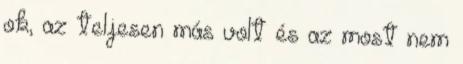
ok, az teljesen más volt és az most nem